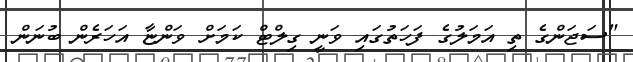
"ސަޖަންގެ ތި އަމަލުގެ ފަހަތުގައި ވަނީ ގިލްޓް ކަމަށް ވަންޏާ އަހަރެން ބުނަން